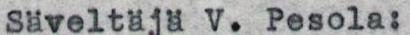
säveltäjä V. Pesola: